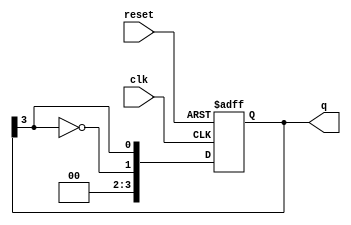
module johnson_counter (
    input wire clk,          // Clock input
    input wire reset,        // Asynchronous reset
    output reg [N-1:0] q     // Counter output (N flip-flops)
);
    parameter N = 4;         // Number of flip-flops, can be adjusted

    always @(posedge clk or posedge reset) begin
        if (reset) begin
            q <= 0;          // Reset counter to 0
        end else begin
            q <= {~q[N-1], q[N-1:N-1]}; // Shift and feedback the inverted last bit
        end
    end
endmodule